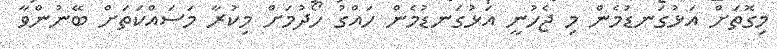
މިގޮތަށް އަޅުގަނޑުމެން މި ޖެހުނީ އަޅުގަނޑުމެން ހައްގު ހޯދުމަށް މިކުރާ މަސައްކަތަށް ބޭނުންވާ